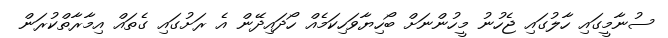
ސުނާމީގައި ހާލުގައި ޖެހުނު މީހުންނަށް ބޯހިޔާވަހިކަމެއް ހޯދައިދޭން އެ ރަށުގައި ގެތައް އިމާރާތްކުރަން